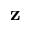
\mathbf { z }